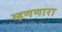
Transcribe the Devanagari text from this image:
म्हणणारा